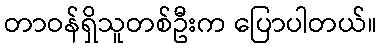
တာဝန်ရှိသူတစ်ဦးက ပြောပါတယ်။